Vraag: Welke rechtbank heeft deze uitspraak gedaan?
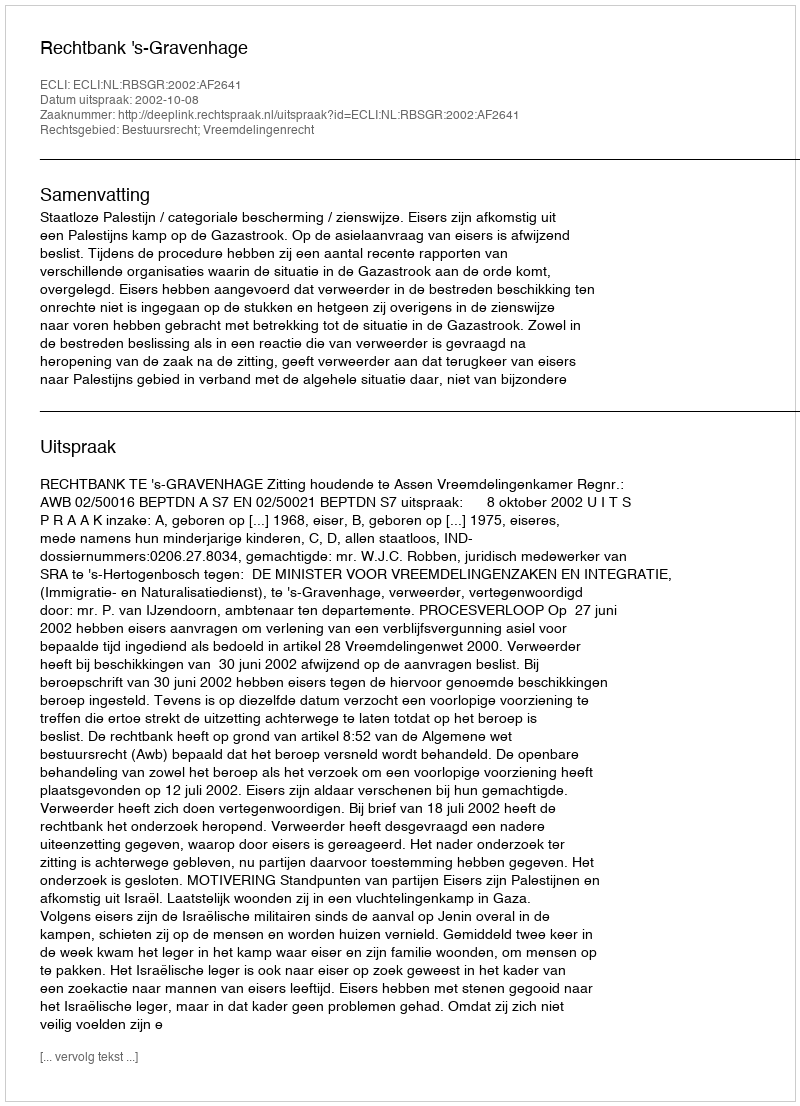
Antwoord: Rechtbank 's-Gravenhage